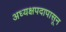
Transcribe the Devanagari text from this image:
अध्यक्षपदापासून